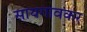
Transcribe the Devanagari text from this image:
सायगावकर